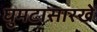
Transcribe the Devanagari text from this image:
घुमटासारखे